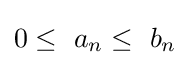
0\leq \ a_{n}\leq \ b_{n}